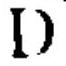
\(D\)